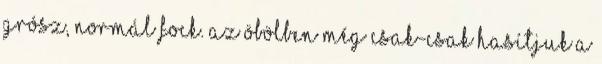
grósz, normál fock. Az öbölben még csak-csak hasítjuk a